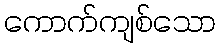
ကောက်ကျစ်သော